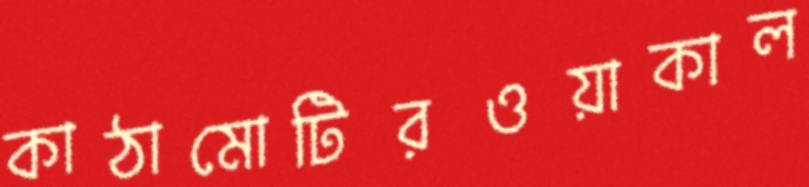
কাঠামোটিরওয়াকাল